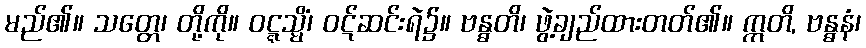
မည်၏။ သတ္တေ၊ တို့ကို။ ဝဋ္ဋသ္မိံ၊ ဝဋ်ဆင်းရဲ၌။ ဗန္ဓတိ၊ ဖွဲ့ချည်ထားတတ်၏။ ဣတိ, ဗန္ဓနံ၊